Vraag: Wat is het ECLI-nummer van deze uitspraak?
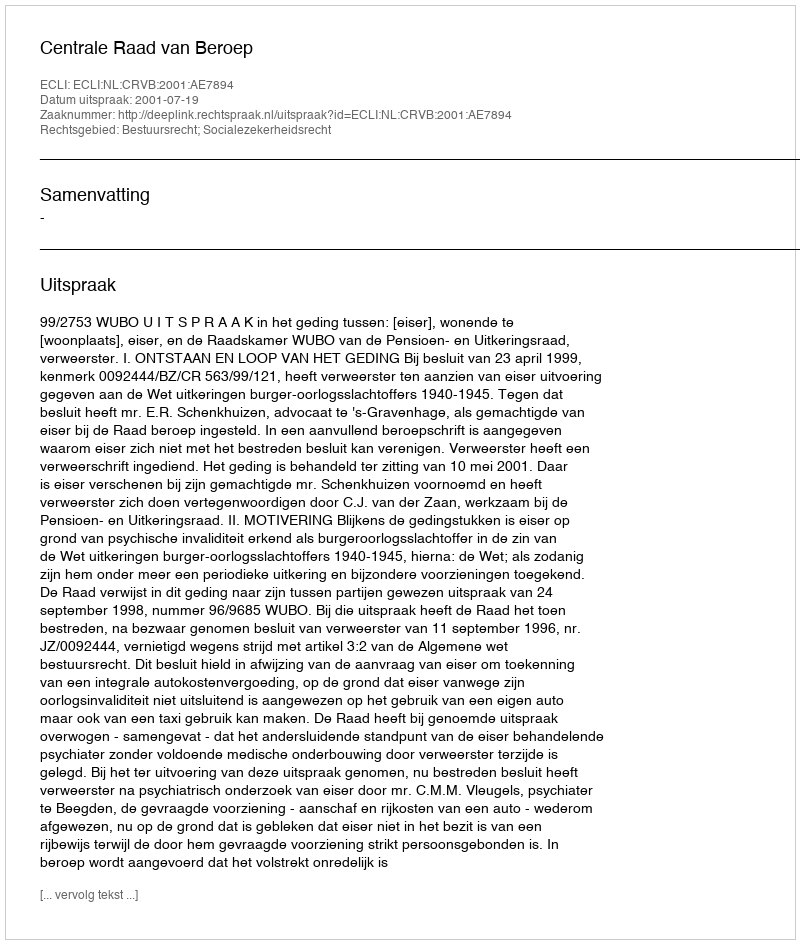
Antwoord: ECLI:NL:CRVB:2001:AE7894